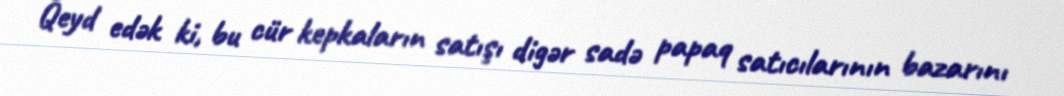
Qeyd edək ki, bu cür kepkaların satışı digər sadə papaq satıcılarının bazarını